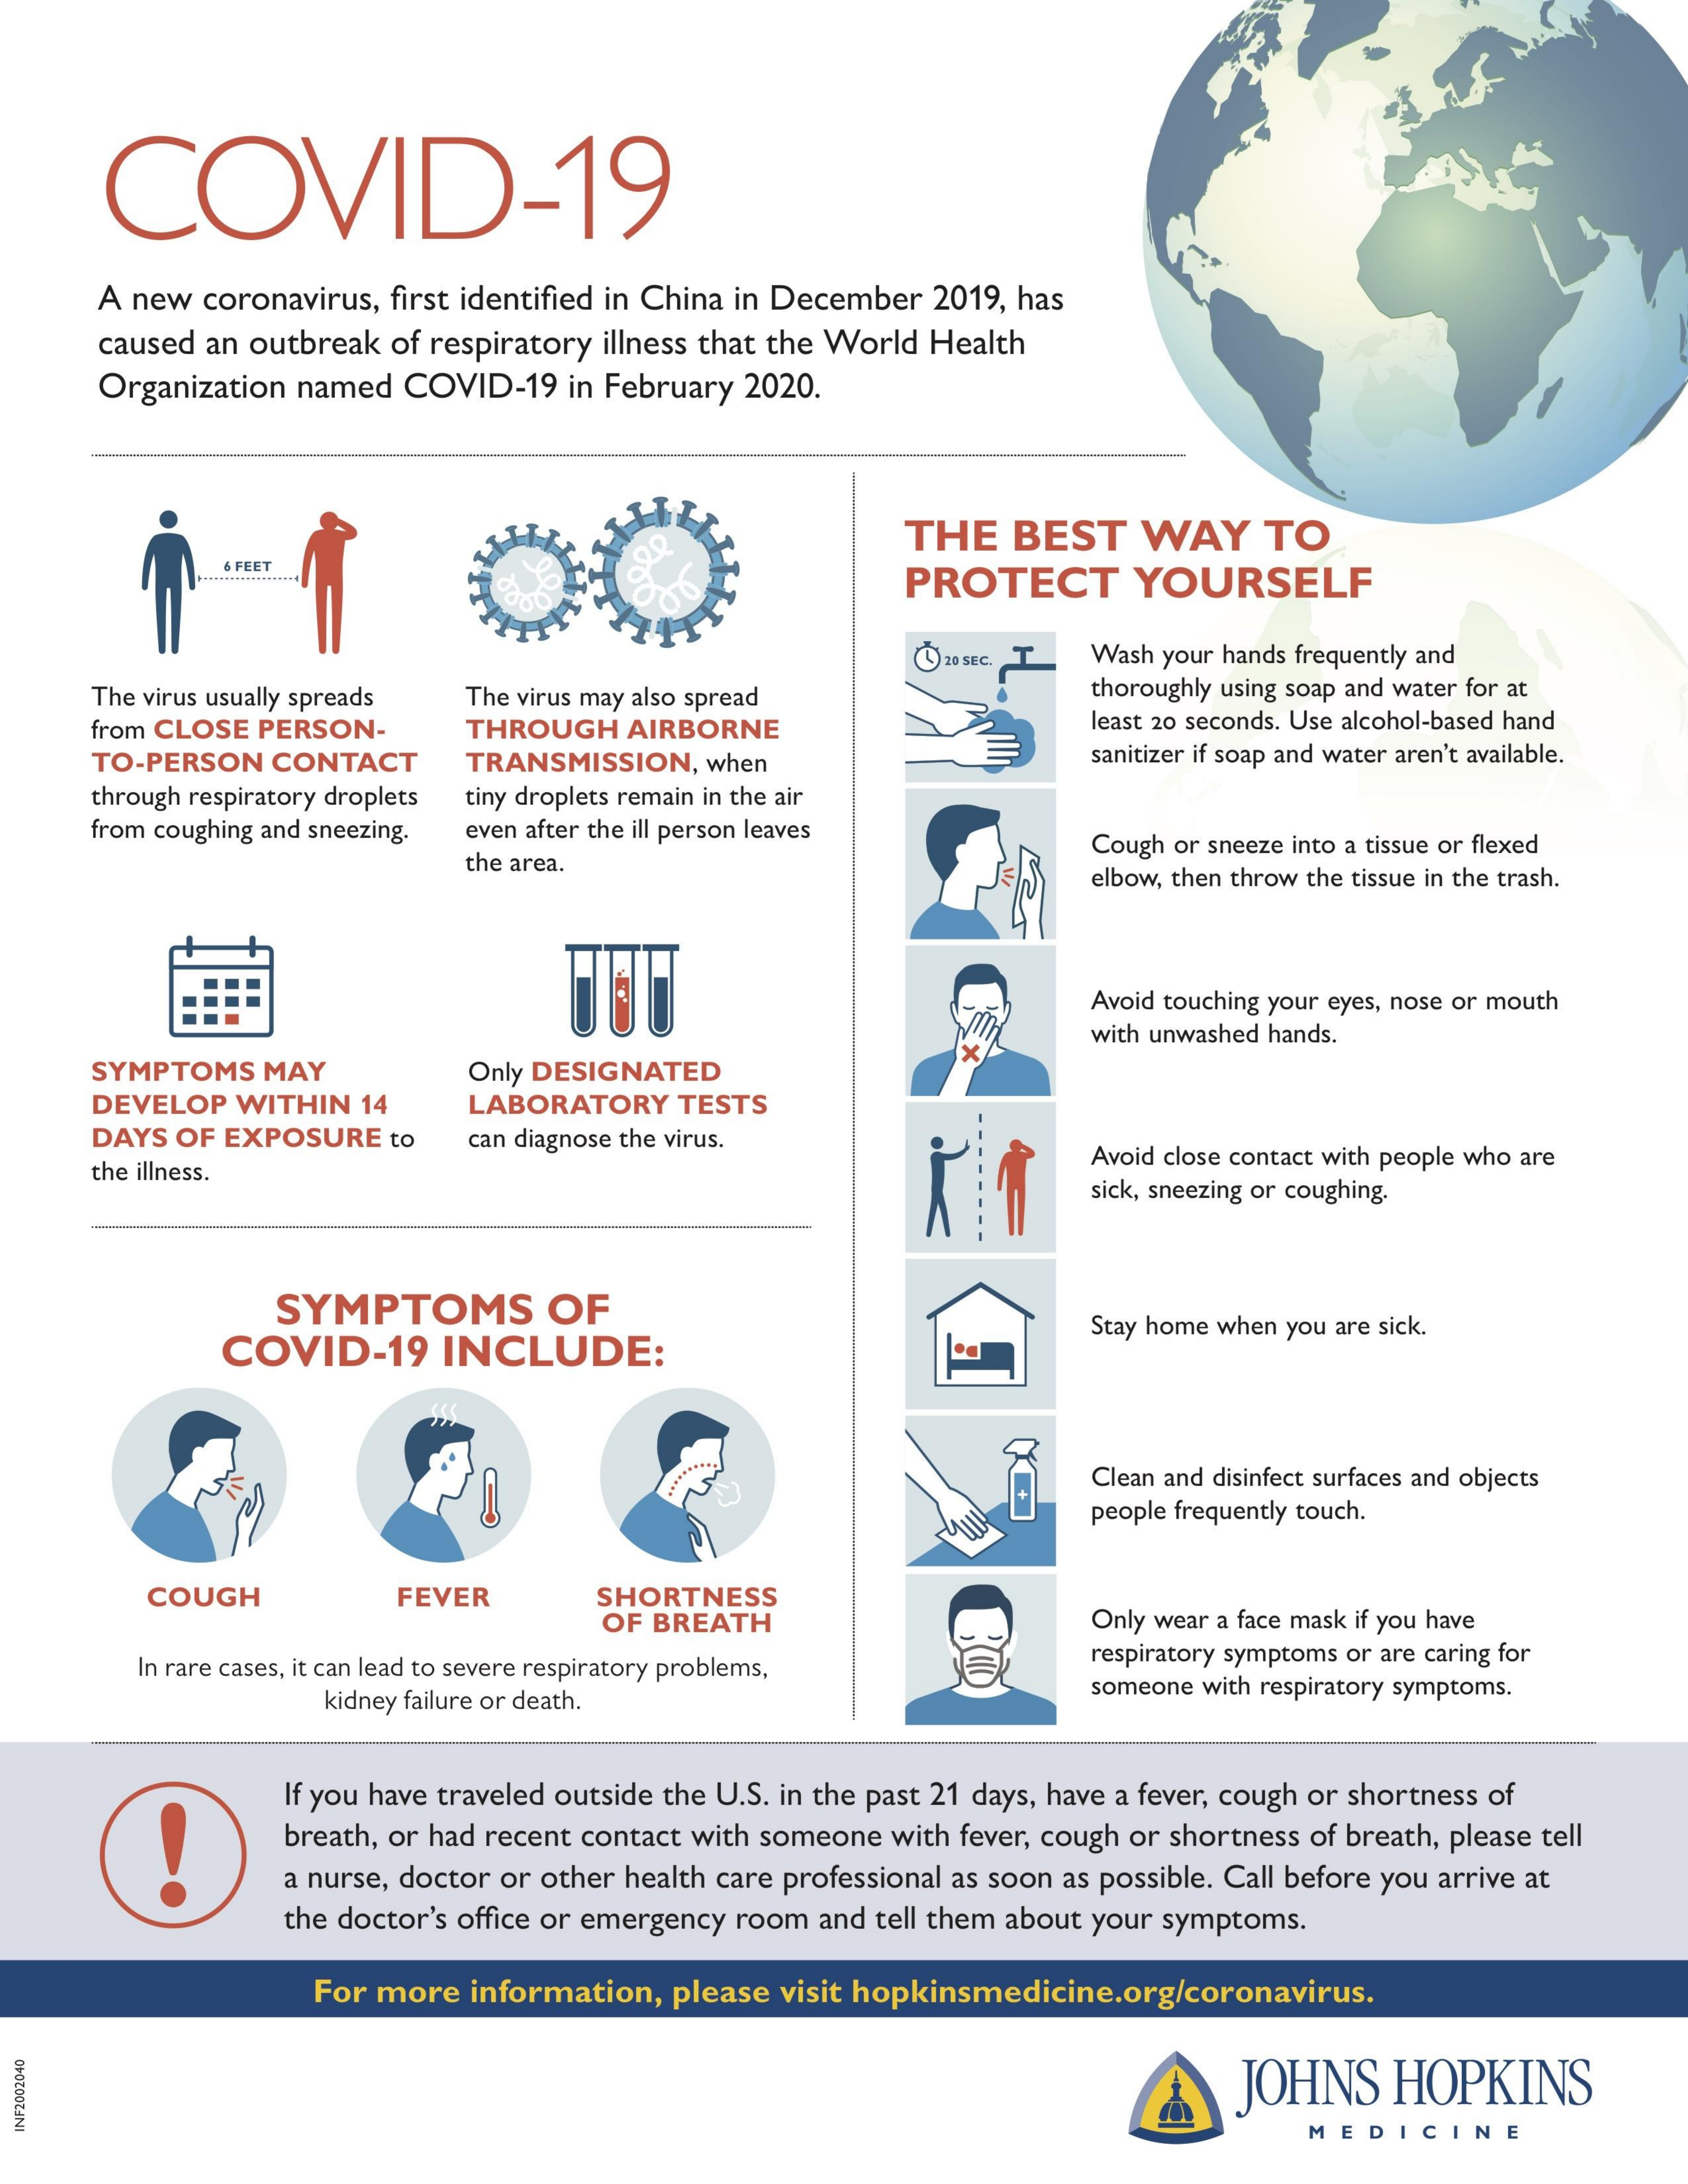
COVID-19
     A new coronavirus, first identified in China in December 2019, has
     caused an outbreak of respiratory illness that the World Health
     Organization named COVID-19 in February 2020.
     THE   BEST    WAY    TO
     6 FEET
     PROTECT    YOURSELF
     Wash your hands frequently and
     The virus usually spreads The virus may also spread    thoroughly using soap and water for at
     from CLOSE PERSON-    THROUGH  AIRBORNE    least 20 seconds. Use alcohol-based hand
     TO-PERSON CONTACT    TRANSMISSION, when    sanitizer if soap and water aren't available.
     through respiratory droplets tiny droplets remain in the air
     from coughing and sneezing. even after the ill person leaves
     the area.
     Cough or sneeze into a tissue or flexed
     elbow, then throw the tissue in the trash.
     Avoid touching your eyes, nose or mouth
     with unwashed hands.
     SYMPTOMS  MAY    Only DESIGNATED
     DEVELOP WITHIN 14    LABORATORY  TESTS
     DAYS OF EXPOSURE to   can diagnose the virus.
     the illness.
     Avoid close contact with people who are
     sick, sneezing or coughing.
     SYMPTOMS    OF
     COVID-19    INCLUDE:
     Stay home when you are sick.
     Clean and disinfect surfaces and objects
     people frequently touch.
     COUGH    FEVER    SHORTNESS
     OF BREATH    Only wear a face mask if you have
     In rare cases, it can lead to severe respiratory problems, respiratory symptoms or are caring for
     kidney failure or death.    someone with respiratory symptoms.
     If you have traveled outside the U.S. in the past 21 days, have a fever, cough or shortness of
     breath, or had recent contact with someone with fever, cough or shortness of breath, please tell
     a nurse, doctor or other health care professional as soon as possible. Call before you arrive at
     the doctor's office or emergency room and tell them about your symptoms.
     For more information, please visit hopkinsmedicine.org/coronavirus.
     JOHNS   HOPKINS
     MEDICINE
  INF2002040